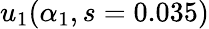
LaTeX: u_{1}(\alpha_{1},s=0.035)